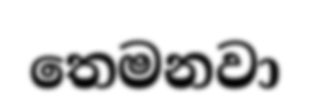
තෙමනවා